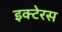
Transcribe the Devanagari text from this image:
इक्टेरस